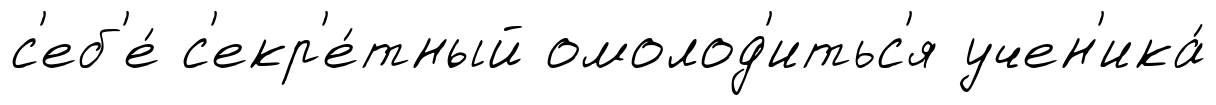
с'еб'е́ с'екр'е́тный омолод'итьс'я учен'ика́